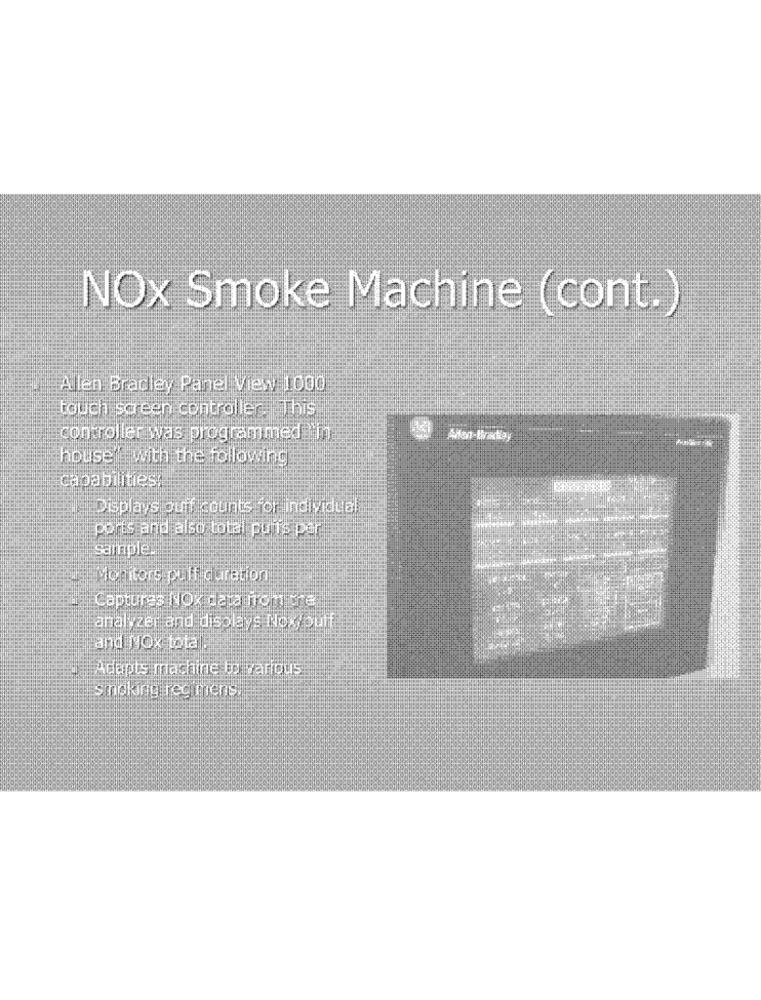
NOx Smoke Machine (cont.)
Allen Bradley Panel View 1000
touch screen controller _This
con roller was programmed in
AHan-Hradhay
houseit with the following
capabilities;
Displays puff counts for individual
ports and also total pu Ts per
sample
Monitors puff duration
Captures NOx data from tre
analyzer and displays Nox ouff
and Nox total.
Adapts machine bo various
smoking reg mens.